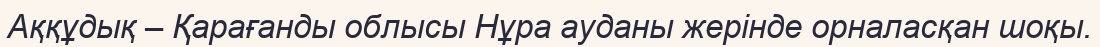
Аққұдық – Қарағанды облысы Нұра ауданы жерінде орналасқан шоқы.